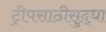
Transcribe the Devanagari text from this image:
ट्रीपसाठीसुद्धा